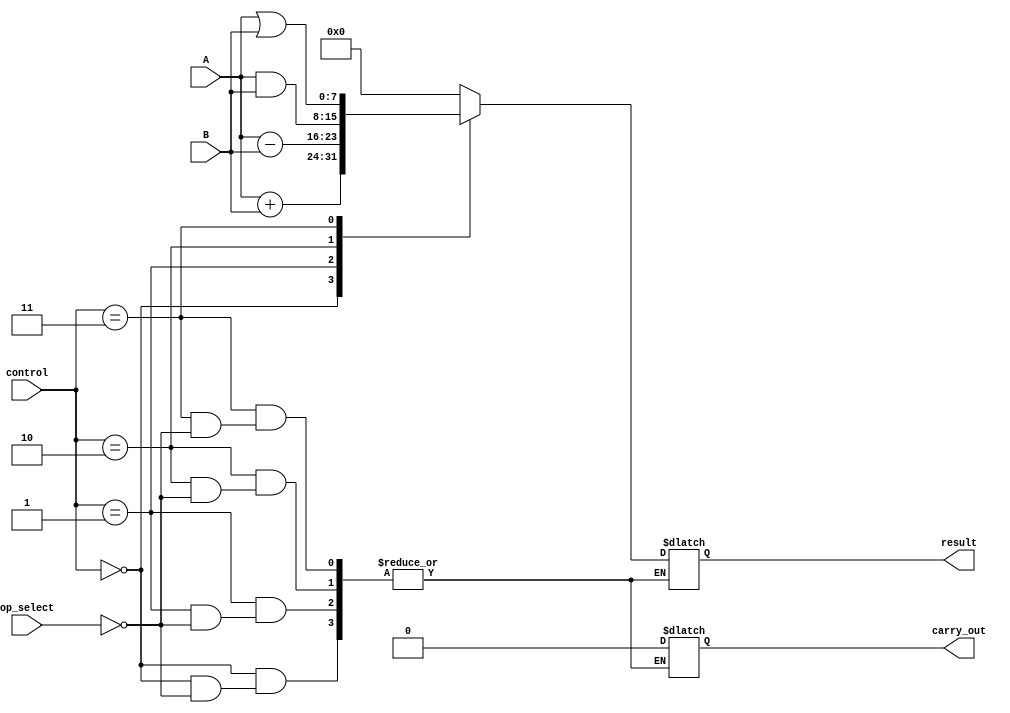
module ALU (
    input [7:0] A,
    input [7:0] B,
    input [2:0] control,
    input op_select,
    output reg [7:0] result,
    output reg carry_out
);

always @(*) begin
    case (control)
        3'b000: begin // Addition
            if (op_select == 1'b1) begin
                result = A + B;
                carry_out = (result[8] == 1) ? 1 : 0;
            end
        end
        3'b001: begin // Subtraction
            if (op_select == 1'b1) begin
                result = A - B;
                carry_out = (result[8] == 1) ? 1 : 0;
            end
        end
        3'b010: begin // Bitwise AND
            if (op_select == 1'b1) begin
                result = A & B;
                carry_out = 1'b0;
            end
        end
        3'b011: begin // Bitwise OR
            if (op_select == 1'b1) begin
                result = A | B;
                carry_out = 1'b0;
            end
        end
        default: begin 
            result = 8'b0;
            carry_out = 1'b0;
        end
    endcase
end

endmodule